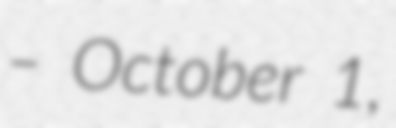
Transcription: – October 1,